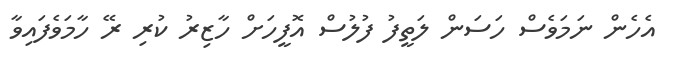
އެހެން ނަމަވެސް ހަސަން ލަތީފު ފުލުސް އޮފީހަށް ހާޒިރު ކުރި ރޭ ހާމަވެފައިވާ